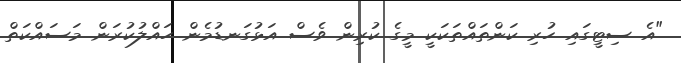
"އެ ސިޓީގައި ހުރި ކަންތައްތަކަކީ މީގެ ކުރިން ވެސް އަޅުގަނޑުމެން ހައްލުކުރަން މަސައްކަތް